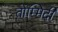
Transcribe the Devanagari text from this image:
तोम्मिदी